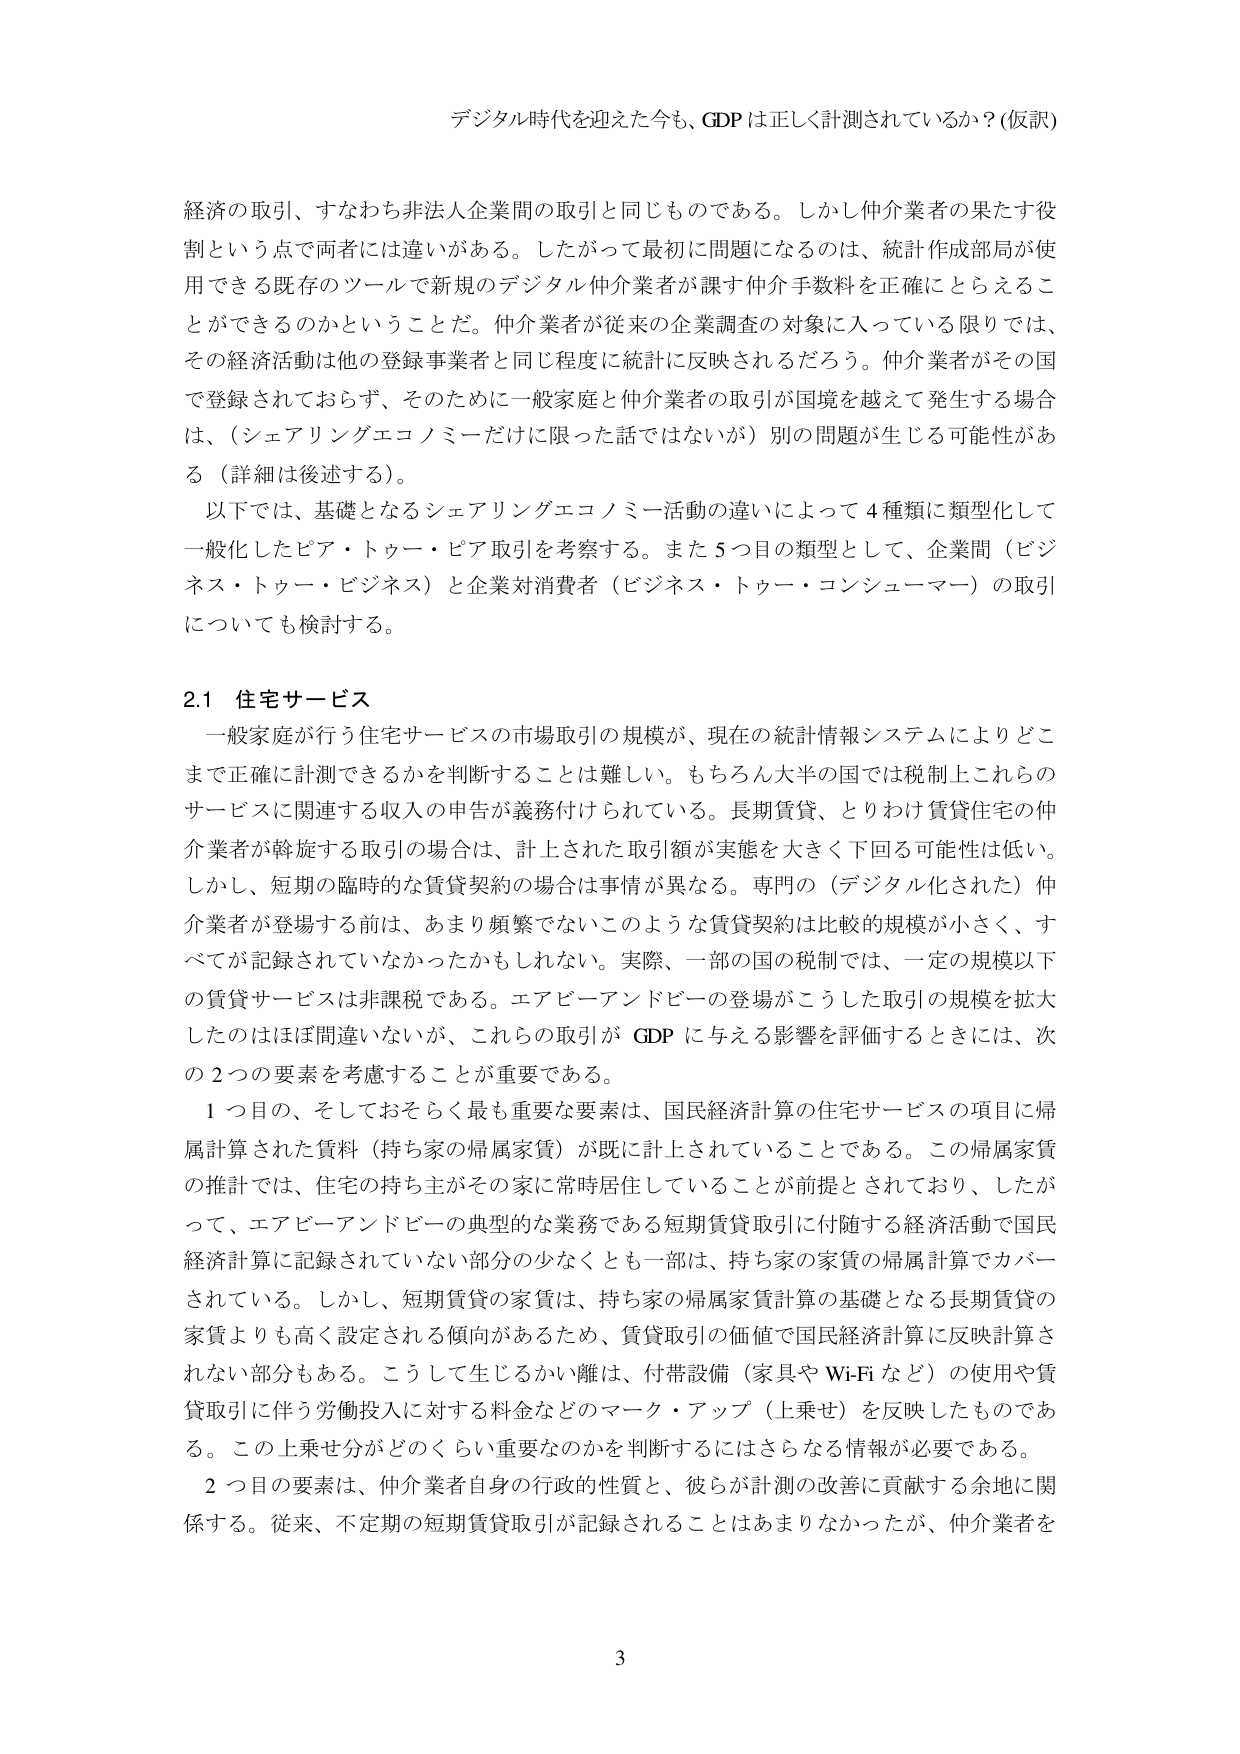
デジタル時代を迎えた今も、GDPは正しく計測されているか？（仮訳）

経済の取引、すなわち非法人企業間の取引と同じものである。しかし仲介業者の果たす役割という点で両者には違いがある。したがって最初に問題になるのは、統計作成当局が使用できる既存のツールで新規のデジタル仲介業者が課す仲介手数料を正確にとらえることができるのかということだ。仲介業者が従来の企業調査の対象に入っている限りでは、その経済活動は他の登録事業者と同じ程度に統計に反映されるだろう。仲介業者がその国で登録されておらず、そのために一般家庭と仲介業者の取引が国境を越えて発生する場合は、（シェアリングエコノミーだけに限った話ではないが）別の問題が生じる可能性がある（詳細は後述する）。

以下では、基礎となるシェアリングエコノミー活動の違いによって４種類に類型化して一般化したピア・トゥー・ピア取引を考察する。また５つ目の類型として、企業間（ビジネス・トゥー・ビジネス）と企業対消費者（ビジネス・トゥー・コンシューマー）の取引についても検討する。

2.1 住宅サービス

一般家庭が行う住宅サービスの市場取引の規模が、現在の統計情報システムによりどこまで正確に計測できるかを判断することは難しい。もちろん大半の国では税制上これらのサービスに関連する収入の申告が義務付けられている。長期賃貸、とりわけ賃貸住宅の仲介業者が斡旋する取引の場合は、計上された取引額が実態を大きく下回る可能性は低い。しかし、短期の臨時的な賃貸契約の場合は事情が異なる。専門の（デジタル化された）仲介業者が登場する前は、あまり頻繁でないこのような賃貸契約は比較的規模が小さく、すべてが記録されていなかったかもしれない。実際、一部の国の税制では、一定の規模以下の賃貸サービスは非課税である。エアビーアンドビーの登場がこうした取引の規模を拡大したのはほぼ間違いはないが、これらの取引がGDPに与える影響を評価するときには、次の２つの要素を考慮することが重要である。

１つ目の、そしておそらく最も重要な要素は、国民経済計算の住宅サービスの項目に帰属計算された賃料（持ち家の帰属家賃）が既に計上されていることである。この帰属家賃の推計では、住宅の持ち主がその家に常時居住していることが前提とされており、したがって、エアビーアンドビーの典型的な業務である短期賃貸取引に付随する経済活動で国民経済計算に記録されていない部分の少なくとも一部は、持ち家の家賃の帰属計算でカバーされている。しかし、短期賃貸の家賃は、持ち家の帰属家賃計算の基礎となる長期賃貸の家賃よりも高く設定される傾向があるため、賃貸取引の価値で国民経済計算に反映計算されない部分もある。こうして生じるかい離は、付帯設備（家具やWi-Fiなど）の使用や賃貸取引に伴う労働投入に対する料金などのマーク・アップ（上乗せ）を反映したものである。この上乗せ分がどのくらい重要なのかを判断するにはさらなる情報が必要である。

２つ目の要素は、仲介業者自身の行政的性質と、彼らが計測の改善に貢献する余地に関係する。従来、不定期の短期賃貸取引が記録されることはあまりなかったが、仲介業者を

3